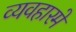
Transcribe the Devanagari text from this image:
व्यवहारमे